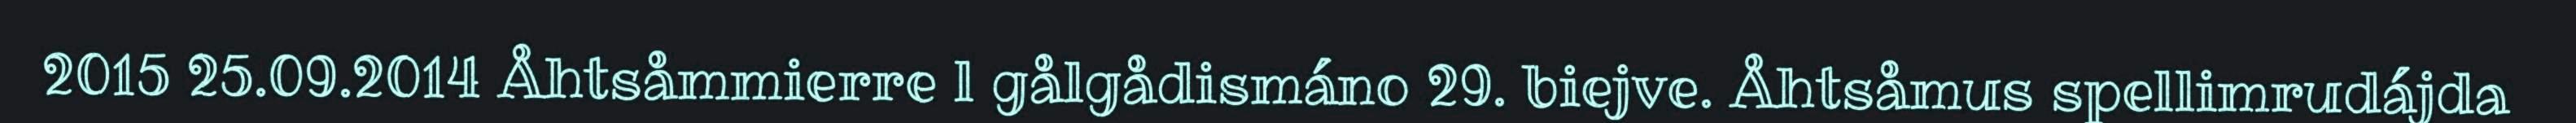
2015 25.09.2014 Åhtsåmmierre l gålgådismáno 29. biejve. Åhtsåmus spellimrudájda